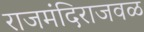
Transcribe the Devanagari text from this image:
राजमंदिराजवळ